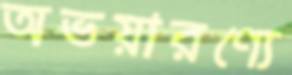
অভয়ারণ্যে